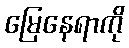
မြေနေရာကို